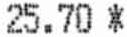
25.70 *